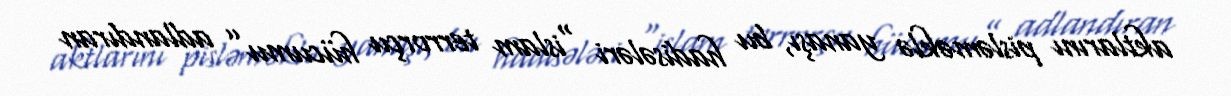
aktlarını pisləməklə yanaşı, bu hadisələri “islam terrorçu hücumu” adlandıran